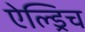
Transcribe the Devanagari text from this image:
ऐल्ड्रिच